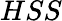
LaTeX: HSS